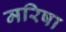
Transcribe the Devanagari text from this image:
मरिषा